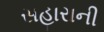
સહારાની